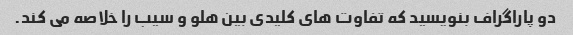
دو پاراگراف بنویسید که تفاوت های کلیدی بین هلو و سیب را خلاصه می کند.